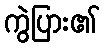
ကွဲပြား၏